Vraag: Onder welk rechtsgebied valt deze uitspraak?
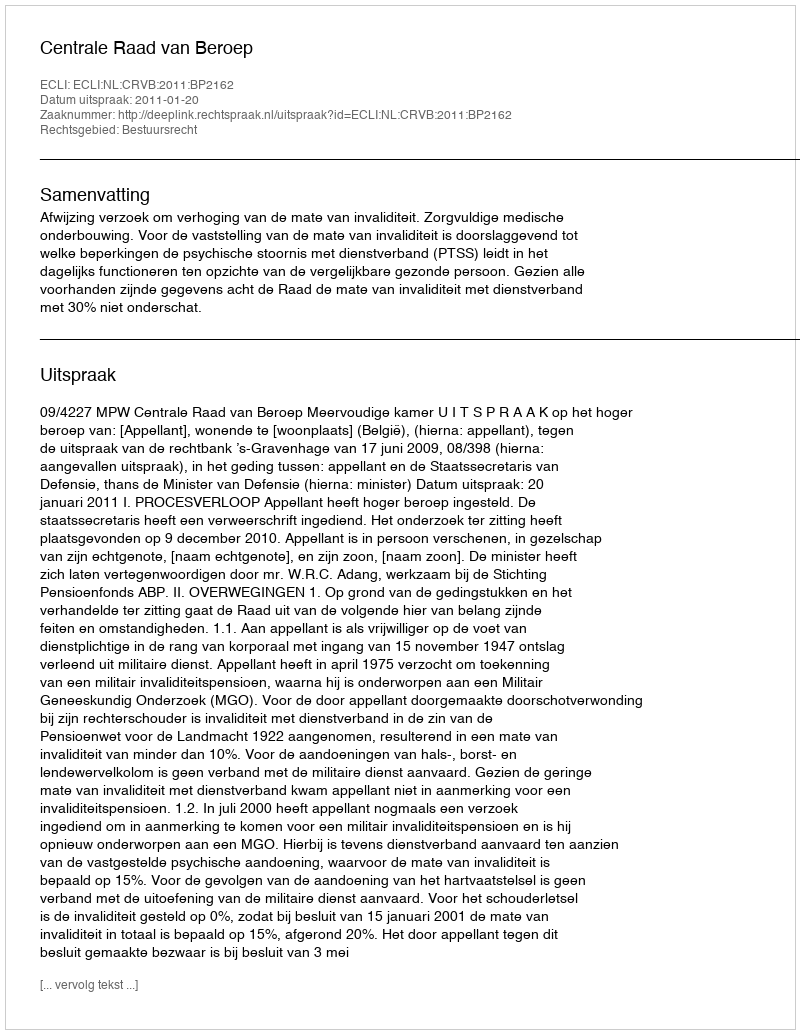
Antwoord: Bestuursrecht